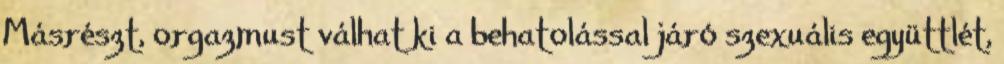
Másrészt, orgazmust válhat ki a behatolással járó szexuális együttlét,